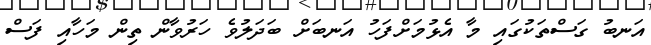
އަނބު ގަސްތަކުގައި މާ އެޅުމަށްފަހު އަނބަށް ބަދަލުވެ ހަރުވާން ތިން މަހާއި ފަސް